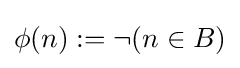
\phi (n):=\neg (n\in B)